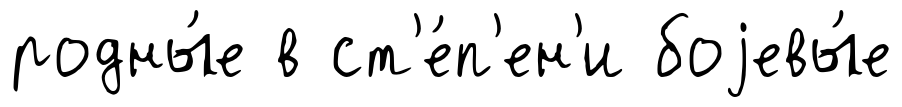
родны́е в ст'е́п'ен'и боjевы́е